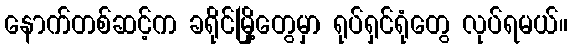
နောက်တစ်ဆင့်က ခရိုင်မြို့တွေမှာ ရုပ်ရှင်ရုံတွေ လုပ်ရမယ်။